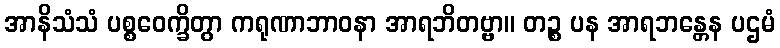
အာနိသံသံ ပစ္စဝေက္ခိတွာ ကရုဏာဘာဝနာ အာရဘိတဗ္ဗာ။ တဉ္စ ပန အာရဘန္တေန ပဌမံ